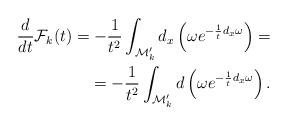
LaTeX: \begin{align*}\frac{d}{dt}{\cal F}_k(t) =-\frac{1}{t^2} \int_{{\cal M}'_k}d_x \left(\omega e^{-\frac{1}{t}d_x\omega}\right) = \\ =-\frac{1}{t^2} \int_{{\cal M}'_k}d \left(\omega e^{-\frac{1}{t}d_x\omega}\right).\end{align*}